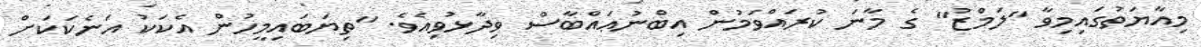
މިއާޔަތުގައިމިވާ "ލަމްޒު" ގެ މާނަ ކުރައްވަމުން އިބްނުޢައްބާސް ވިދާޅުވިއެވެ. "ތިޔަބައިމީހުން އެކަކު އަނެކަކަށް